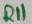
Text: R11